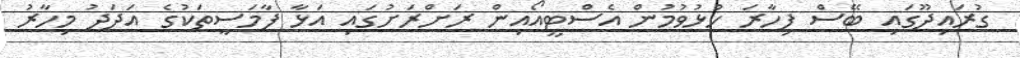
ގުރައިދޫގައި ބޭސް ފިހާރަ ހުޅުވުމުން އެސްޓީއޯއިން ރަށްރަށުގައި އަޅާ ފާމަސީތަކުގެ އަދަދު މިހާރު